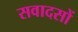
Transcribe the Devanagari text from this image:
सवादसों